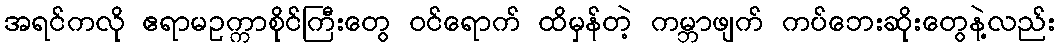
အရင်ကလို ဧရာမဥက္ကာစိုင်ကြီးတွေ ဝင်ရောက် ထိမှန်တဲ့ ကမ္ဘာဖျက် ကပ်ဘေးဆိုးတွေနဲ့လည်း